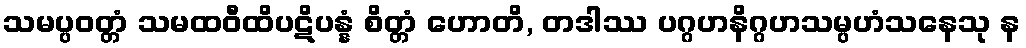
သမပ္ပဝတ္တံ သမထဝီထိပဋိပန္နံ စိတ္တံ ဟောတိ, တဒါဿ ပဂ္ဂဟနိဂ္ဂဟသမ္ပဟံသနေသု န